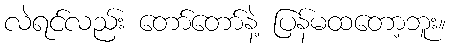
လဲရင်လည်း တော်တော်နဲ့ ပြန်မထတော့ဘူး။